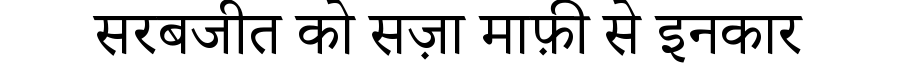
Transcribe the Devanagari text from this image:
सरबजीत को सज़ा माफ़ी से इनकार